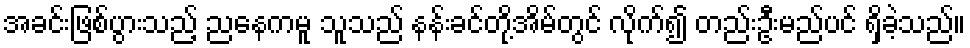
အခင်းဖြစ်ပွားသည့် ညနေကမူ သူသည် နန်းခင်တို့အိမ်တွင် လိုက်၍ တည်းဦးမည်ပင် ရှိခဲ့သည်။